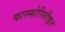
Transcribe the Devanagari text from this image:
फास्फोरिलीकृत